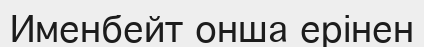
Именбейт онша ерінен